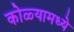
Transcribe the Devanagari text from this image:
कोळ्यामध्ये